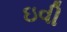
ઇવી